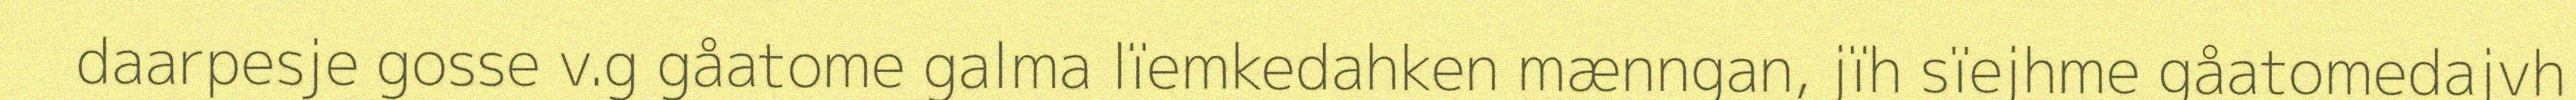
daarpesje gosse v.g gåatome galma lïemkedahken mænngan, jïh sïejhme gåatomedajvh